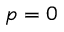
p = 0